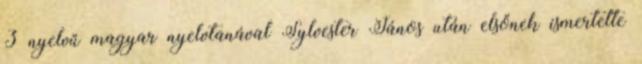
3 nyelvű magyar nyelvtanával Sylvester János után elsőnek ismertette